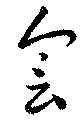
會